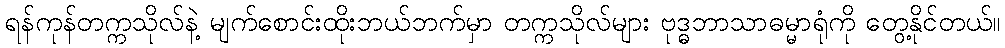
ရန်ကုန်တက္ကသိုလ်နဲ့ မျက်စောင်းထိုးဘယ်ဘက်မှာ တက္ကသိုလ်များ ဗုဒ္ဓဘာသာဓမ္မာရုံကို တွေ့နိုင်တယ်။